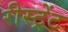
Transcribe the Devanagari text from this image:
रीस्ट्रेंट